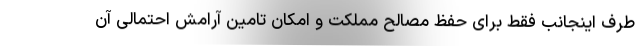
طرف اینجانب فقط برای حفظ مصالح مملکت و امکان تامین آرامش احتمالی آن